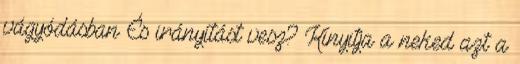
vágyódásban És irányítást vesz? Kinyitja a neked azt a